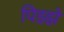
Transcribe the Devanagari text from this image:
पिझ्झे